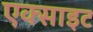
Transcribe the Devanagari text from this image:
एक्साइट